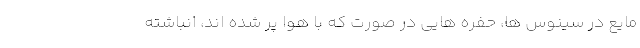
مایع در سینوس ها، حفره هایی در صورت که با هوا پر شده اند، انباشته